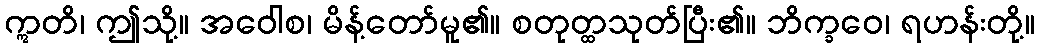
ဣတိ၊ ဤသို့။ အဝေါစ၊ မိန့်တော်မူ၏။ စတုတ္ထသုတ်ပြီး၏။ ဘိက္ခဝေ၊ ရဟန်းတို့။